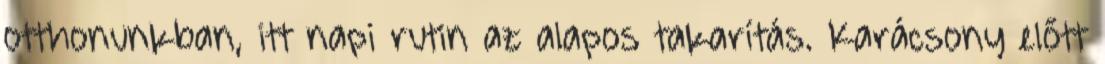
otthonunkban, itt napi rutin az alapos takarítás. Karácsony előtt